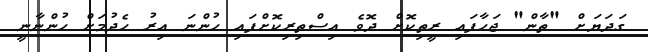
ގަދަޔަށް "ތާން" ޖަހާފައި ރީތިކޮށް ދޮވެ އިސްތިރިކޮށްފައި ހުންނަ އިރު ހެދުމަށް ހުންނާނީ